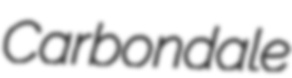
Carbondale